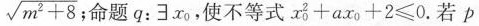
$$\sqrt { m ^ { 2 } + 8 }$$命题$$q: \exists x _ { 0 }$$，使不等式$$x _ { 0 } ^ { 2 } + a x _ { 0 } + 2 ≤ 0$$.若p